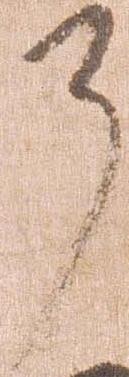
了